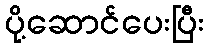
ပို့ဆောင်ပေးပြီး